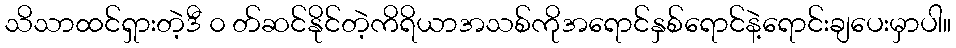
သိသာထင်ရှားတဲ့ဒီ ၀ တ်ဆင်နိုင်တဲ့ကိရိယာအသစ်ကိုအရောင်နှစ်ရောင်နဲ့ရောင်းချပေးမှာပါ။